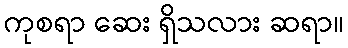
ကုစရာ ဆေး ရှိသလား ဆရာ။